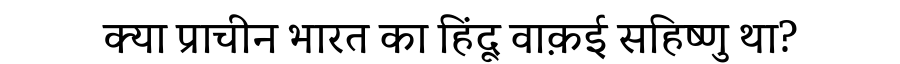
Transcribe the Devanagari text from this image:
क्या प्राचीन भारत का हिंदू वाक़ई सहिष्णु था?